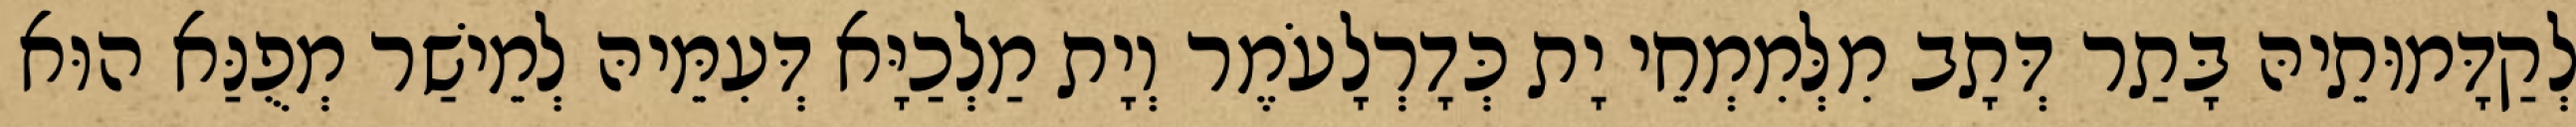
לְקַדָּמוּתֵיהּ בָּתַר דְּתָב מִלְּמִמְחֵי יָת כְּדָרְלָעֹמֶר וְיָת מַלְכַיָּא דְּעִמֵּיהּ לְמֵישַׁר מְפֻנַּא הוּא